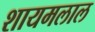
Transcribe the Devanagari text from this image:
शायमलाल